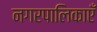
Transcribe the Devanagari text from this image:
नगरपालिकाएँ